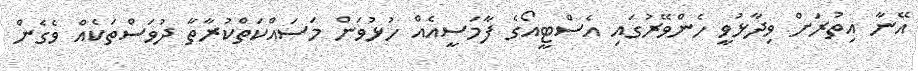
އޭނާ އިތުރަށް ވިދާޅުވީ ހެންވޭރުގައި އެސްޓީއޯގެ ފާމަސީއެއް ހުޅުވަން މަސައްކަތްކުރާތާ ދުވަސްތަކެއް ވެގެން